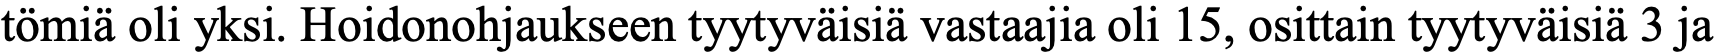
tömiä oli yksi. Hoidonohjaukseen tyytyväisiä vastaajia oli 15, osittain tyytyväisiä 3 ja